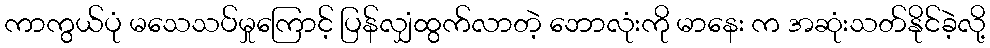
ကာကွယ်ပုံ မသေသပ်မှုကြောင့် ပြန်လျှံထွက်လာတဲ့ ဘောလုံးကို မာနေး က အဆုံးသတ်နိုင်ခဲ့လို့